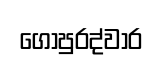
ගෝපුරද්වාර